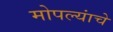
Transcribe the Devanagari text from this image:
मोपल्यांचे